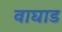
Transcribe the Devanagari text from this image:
वाघाड